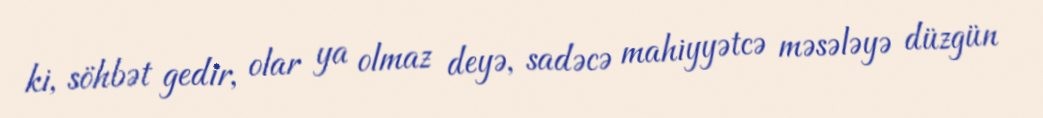
ki, söhbət gedir, olar ya olmaz deyə, sadəcə mahiyyətcə məsələyə düzgün